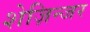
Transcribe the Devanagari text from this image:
शेज़िन्जर